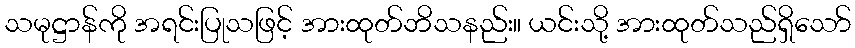
သမုဋ္ဌာန်ကို အရင်းပြုသဖြင့် အားထုတ်ဘိသနည်း။ ယင်းသို့ အားထုတ်သည်ရှိသော်